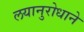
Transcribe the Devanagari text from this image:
लयानुरोधाने